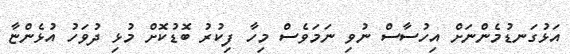
އަޅުގަނޑުމެންނަށް އިހުސާސް ނުވި ނަމަވެސް މިހާ ފިކުރު ބޮޑުކޮށް މުޅި ދުވަހު އުޅެންޏާ